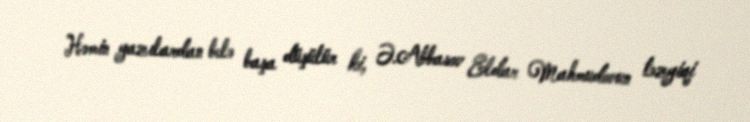
Həmin yazılardan belə başa düşülür ki, Ə.Abbasov Eldar Mahmudovun təzyiqi